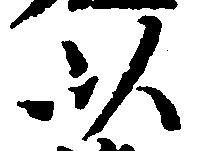
以